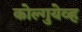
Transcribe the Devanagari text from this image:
कोल्गुयेव्ह